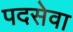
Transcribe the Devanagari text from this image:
पदसेवा